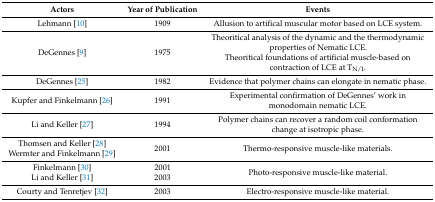
<table><thead><tr><td><b>Actors</b></td><td><b>Year of Publication</b></td><td><b>Events</b></td></tr></thead><tbody><tr><td>Lehmann [10] </td><td>1909</td><td>Allusion to artifical muscular motor based on LCE system.</td></tr><tr><td>DeGennes [9] </td><td>1975</td><td>Theoritical analysis of the dynamic and the thermodynamic properties of Nematic LCE.Theoritical foundations of artificial muscle-based on contraction of LCE at T<sub>N/I</sub>.</td></tr><tr><td>DeGennes [25]</td><td>1982</td><td>Evidence that polymer chains can elongate in nematic phase.</td></tr><tr><td>Kupfer and Finkelmann [26]</td><td>1991</td><td>Experimental confirmation of DeGennes’ work in monodomain nematic LCE.</td></tr><tr><td>Li and Keller [27]</td><td>1994</td><td>Polymer chains can recover a random coil conformation change at isotropic phase.</td></tr><tr><td>Thomsen and Keller [28]Wermter and Finkelmann [29]</td><td>2001</td><td>Thermo-responsive muscle-like materials.</td></tr><tr><td>Finkelmann [30]Li and Keller [31]</td><td>20012003</td><td>Photo-responsive muscle-like material.</td></tr><tr><td>Courty and Tenretjev [32]</td><td>2003</td><td>Electro-responsive muscle-like material.</td></tr></tbody></table>